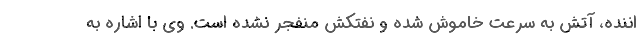
اننده، آتش به سرعت خاموش شده و نفتکش منفجر نشده است. وی با اشاره به